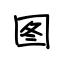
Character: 图